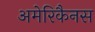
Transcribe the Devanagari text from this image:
अमेरिकैनस